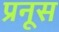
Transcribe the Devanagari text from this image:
प्रनूस